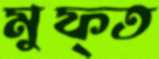
মুফ্ত